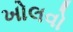
ખોલવો